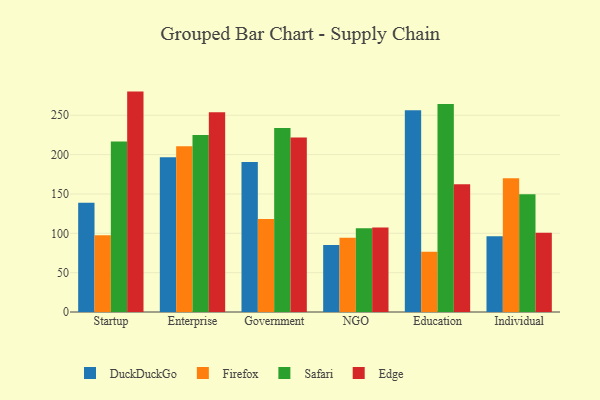
{"axis": {"x": "Segment", "y": "Demand Index"}, "legend": ["DuckDuckGo", "Edge", "Firefox", "Safari"], "data": [{"x": "Startup", "y": 138.7, "type": "DuckDuckGo"}, {"x": "Startup", "y": 97.5, "type": "Firefox"}, {"x": "Startup", "y": 216.7, "type": "Safari"}, {"x": "Startup", "y": 280.1, "type": "Edge"}, {"x": "Enterprise", "y": 196.8, "type": "DuckDuckGo"}, {"x": "Enterprise", "y": 210.5, "type": "Firefox"}, {"x": "Enterprise", "y": 225.1, "type": "Safari"}, {"x": "Enterprise", "y": 253.8, "type": "Edge"}, {"x": "Government", "y": 190.6, "type": "DuckDuckGo"}, {"x": "Government", "y": 118.3, "type": "Firefox"}, {"x": "Government", "y": 233.8, "type": "Safari"}, {"x": "Government", "y": 221.7, "type": "Edge"}, {"x": "NGO", "y": 85.1, "type": "DuckDuckGo"}, {"x": "NGO", "y": 94.3, "type": "Firefox"}, {"x": "NGO", "y": 106.3, "type": "Safari"}, {"x": "NGO", "y": 107.4, "type": "Edge"}, {"x": "Education", "y": 256.5, "type": "DuckDuckGo"}, {"x": "Education", "y": 76.7, "type": "Firefox"}, {"x": "Education", "y": 264.3, "type": "Safari"}, {"x": "Education", "y": 162.4, "type": "Edge"}, {"x": "Individual", "y": 96.2, "type": "DuckDuckGo"}, {"x": "Individual", "y": 169.9, "type": "Firefox"}, {"x": "Individual", "y": 149.8, "type": "Safari"}, {"x": "Individual", "y": 100.7, "type": "Edge"}]}